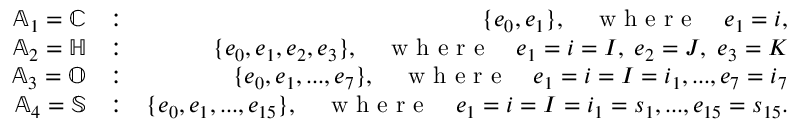
\begin{array} { r l r } { \mathbb { A } _ { 1 } = \mathbb { C } } & { : } & { \{ e _ { 0 } , e _ { 1 } \} , \quad \textrm { w h e r e } \quad e _ { 1 } = i , } \\ { \mathbb { A } _ { 2 } = \mathbb { H } } & { : } & { \{ e _ { 0 } , e _ { 1 } , e _ { 2 } , e _ { 3 } \} , \quad \textrm { w h e r e } \quad e _ { 1 } = i = I , \; e _ { 2 } = J , \; e _ { 3 } = K } \\ { \mathbb { A } _ { 3 } = \mathbb { O } } & { : } & { \{ e _ { 0 } , e _ { 1 } , . . . , e _ { 7 } \} , \quad \textrm { w h e r e } \quad e _ { 1 } = i = I = i _ { 1 } , . . . , e _ { 7 } = i _ { 7 } } \\ { \mathbb { A } _ { 4 } = \mathbb { S } } & { : } & { \{ e _ { 0 } , e _ { 1 } , . . . , e _ { 1 5 } \} , \quad \textrm { w h e r e } \quad e _ { 1 } = i = I = i _ { 1 } = s _ { 1 } , . . . , e _ { 1 5 } = s _ { 1 5 } . } \end{array}